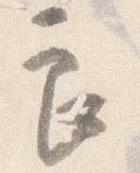
良